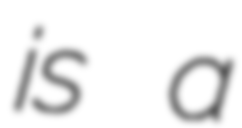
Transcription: is a